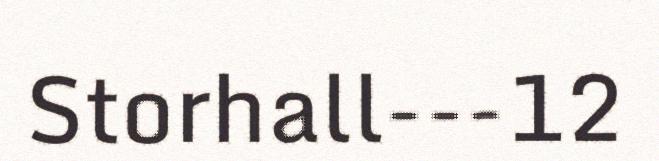
Storhall---12